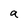
Character: a